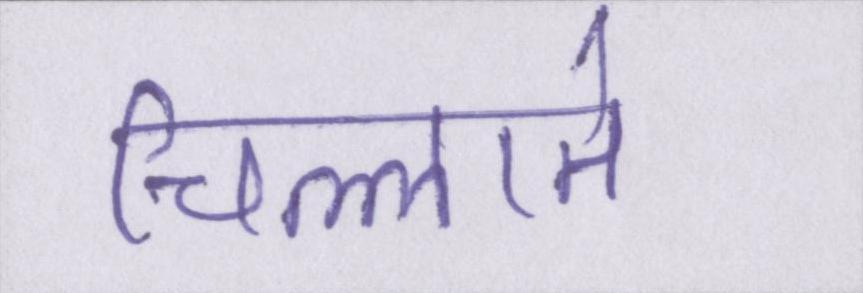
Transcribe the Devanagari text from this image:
चिल्लाते